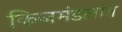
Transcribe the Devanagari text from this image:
किजमंडलांत